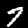
Label: 7